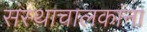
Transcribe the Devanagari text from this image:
संस्थाचालकांना